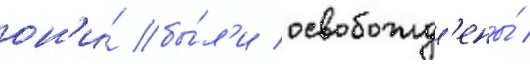
он'и́ бы́л'и освобожд'ены́ /